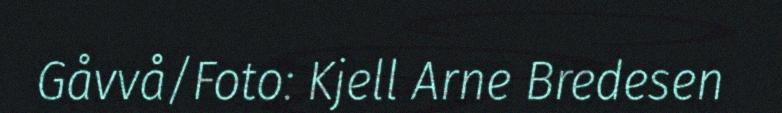
Gåvvå/Foto: Kjell Arne Bredesen